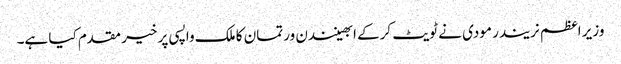
وزیر اعظم نریندر مودی نے ٹویٹ کرکے ابھینندن ورتمان کا ملک واپسی پر خیر مقدم کیا ہے۔